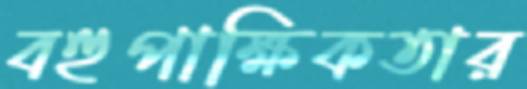
বহুপাক্ষিকতার